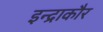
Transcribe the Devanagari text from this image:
इन्द्राकौर